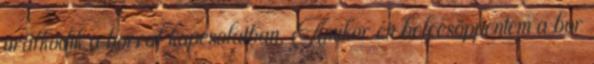
uralkodik a borral kapcsolatban. Amikor én belecsöppentem a bor